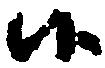
候